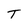
Character: T